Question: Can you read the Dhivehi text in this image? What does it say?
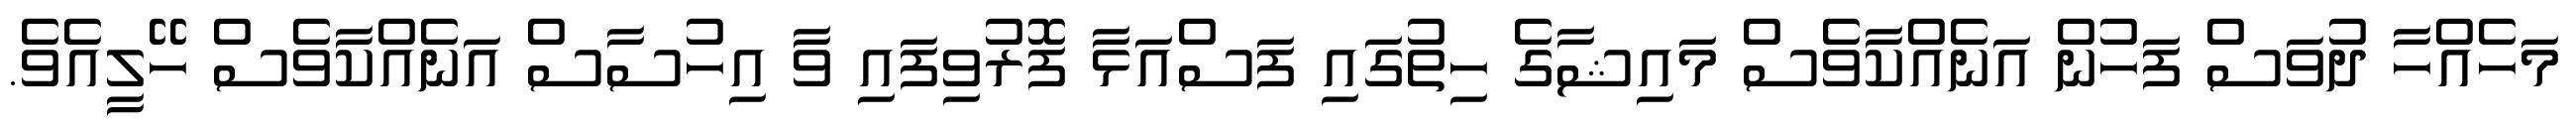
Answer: މަހެއްހާ ދުވަސް ފަހުން އަނެއްކާވެސް މައިޝާގެ ހިތުގައި ފަސްއަޅާ ފޮރުވިފައި ވާ އިހުސާސް އަނެއްކާވެސް ހޭލީއެވެ.